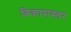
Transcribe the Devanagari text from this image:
विकासस्तर